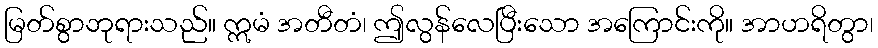
မြတ်စွာဘုရားသည်။ ဣမံ အတီတံ၊ ဤလွန်လေပြီးသော အကြောင်းကို။ အာဟရိတွာ၊